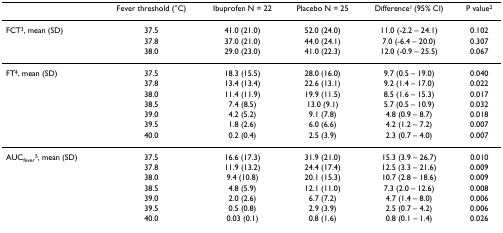
<table><thead><tr><td></td><td><b>Fever threshold (°C)</b></td><td><b>Ibuprofen N = 22</b></td><td><b>Placebo N = 25</b></td><td><b>Difference<sup>1 </sup>(95% CI)</b></td><td><b>P value<sup>2</sup></b></td></tr></thead><tbody><tr><td>FCT<sup>3</sup>, mean (SD)</td><td>37.5</td><td>41.0 (21.0)</td><td>52.0 (24.0)</td><td>11.0 (-2.2 – 24.1)</td><td>0.102</td></tr><tr><td></td><td>37.8</td><td>37.0 (21.0)</td><td>44.0 (24.1)</td><td>7.0 (-6.4 – 20.0)</td><td>0.307</td></tr><tr><td></td><td>38.0</td><td>29.0 (23.0)</td><td>41.0 (22.3)</td><td>12.0 (-0.9 – 25.5)</td><td>0.067</td></tr><tr><td>FT<sup>4</sup>, mean (SD)</td><td>37.5</td><td>18.3 (15.5)</td><td>28.0 (16.0)</td><td>9.7 (0.5 – 19.0)</td><td>0.040</td></tr><tr><td></td><td>37.8</td><td>13.4 (13.4)</td><td>22.6 (13.1)</td><td>9.2 (1.4 – 17.0)</td><td>0.022</td></tr><tr><td></td><td>38.0</td><td>11.4 (11.9)</td><td>19.9 (11.5)</td><td>8.5 (1.6 – 15.3)</td><td>0.017</td></tr><tr><td></td><td>38.5</td><td>7.4 (8.5)</td><td>13.0 (9.1)</td><td>5.7 (0.5 – 10.9)</td><td>0.032</td></tr><tr><td></td><td>39.0</td><td>4.2 (5.2)</td><td>9.1 (7.8)</td><td>4.8 (0.9 – 8.7)</td><td>0.018</td></tr><tr><td></td><td>39.5</td><td>1.8 (2.6)</td><td>6.0 (6.6)</td><td>4.2 (1.2 – 7.2)</td><td>0.007</td></tr><tr><td></td><td>40.0</td><td>0.2 (0.4)</td><td>2.5 (3.9)</td><td>2.3 (0.7 – 4.0)</td><td>0.007</td></tr><tr><td>AUC<sub>fever</sub><sup>5</sup>, mean (SD)</td><td>37.5</td><td>16.6 (17.3)</td><td>31.9 (21.0)</td><td>15.3 (3.9 – 26.7)</td><td>0.010</td></tr><tr><td></td><td>37.8</td><td>11.9 (13.2)</td><td>24.4 (17.4)</td><td>12.5 (3.3 – 21.6)</td><td>0.009</td></tr><tr><td></td><td>38.0</td><td>9.4 (10.8)</td><td>20.1 (15.3)</td><td>10.7 (2.8 – 18.6)</td><td>0.009</td></tr><tr><td></td><td>38.5</td><td>4.8 (5.9)</td><td>12.1 (11.0)</td><td>7.3 (2.0 – 12.6)</td><td>0.008</td></tr><tr><td></td><td>39.0</td><td>2.0 (2.6)</td><td>6.7 (7.2)</td><td>4.7 (1.4 – 8.0)</td><td>0.006</td></tr><tr><td></td><td>39.5</td><td>0.5 (0.8)</td><td>2.9 (3.9)</td><td>2.5 (0.7 – 4.2)</td><td>0.006</td></tr><tr><td></td><td>40.0</td><td>0.03 (0.1)</td><td>0.8 (1.6)</td><td>0.8 (0.1 – 1.4)</td><td>0.026</td></tr></tbody></table>